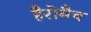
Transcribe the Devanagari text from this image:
हैरोमैच